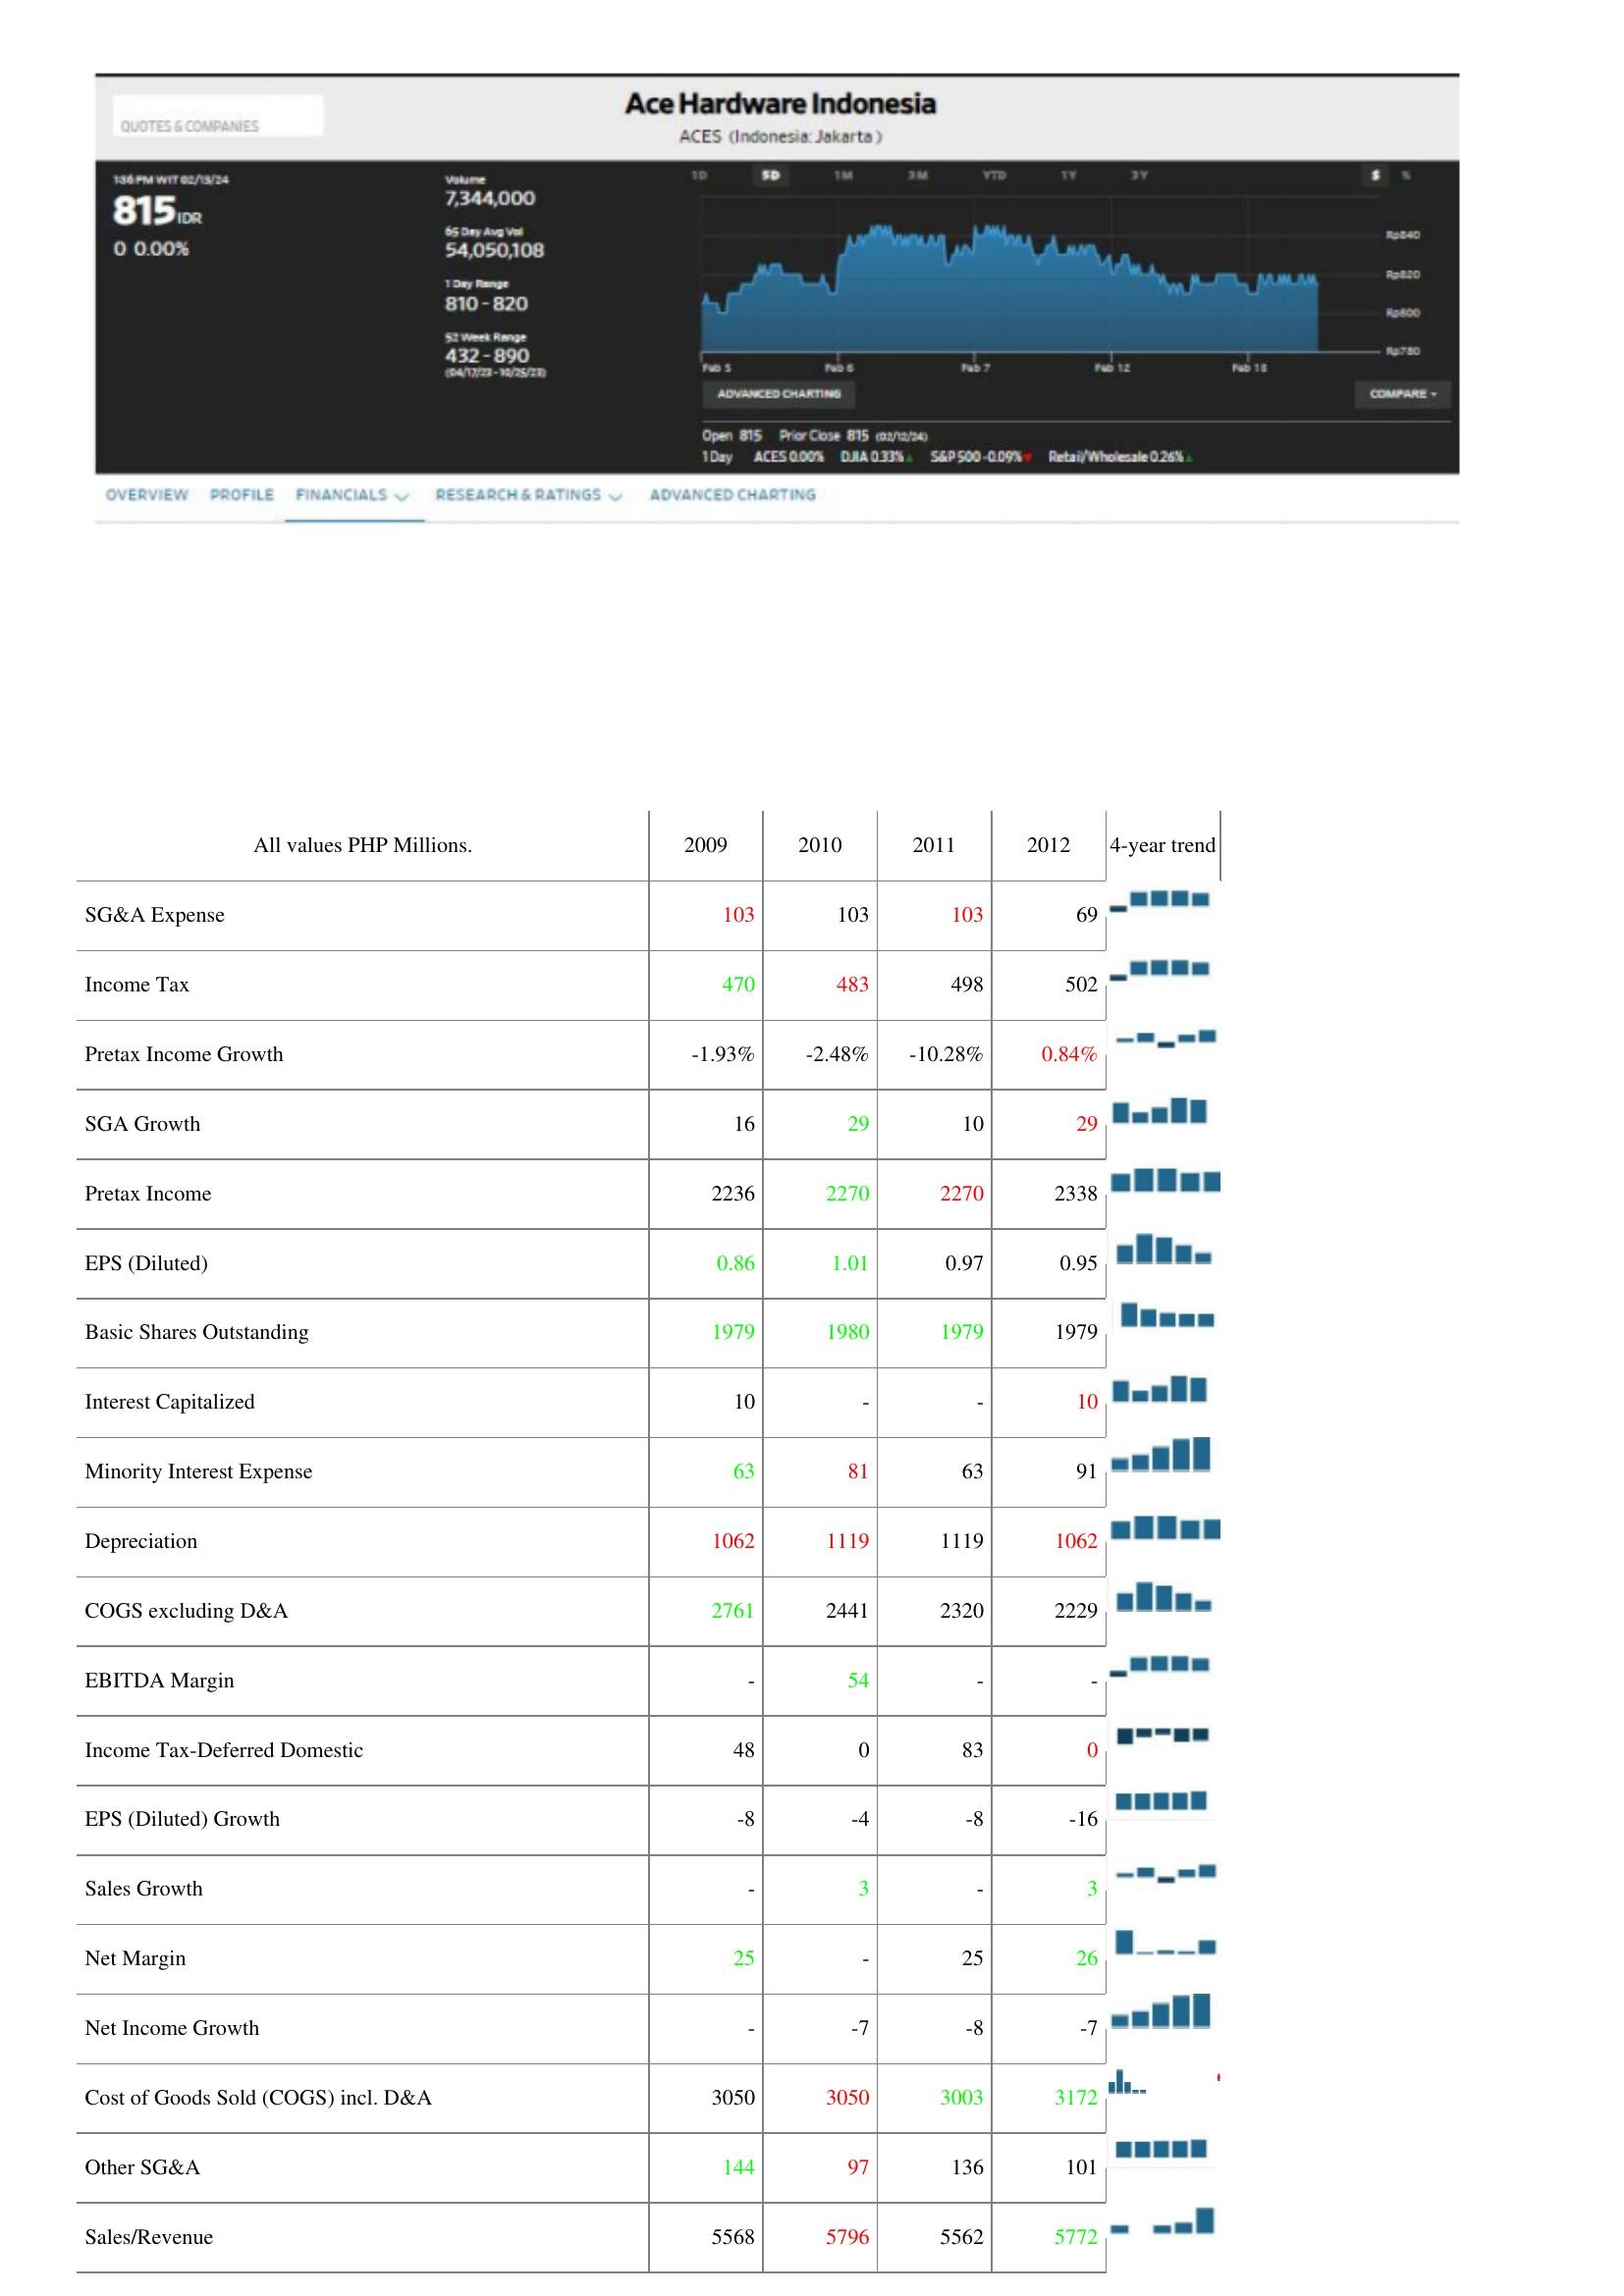
2009: : SG&A Expense: 103
Income Tax: 470
Pretax Income Growth: -1.93%
SGA Growth: 16
Pretax Income: 2236
EPS (Diluted): 0.86
Basic Shares Outstanding: 1979
Interest Capitalized: 10
Minority Interest Expense: 63
Depreciation: 1062
COGS excluding D&A: 2761
EBITDA Margin: -
Income Tax-Deferred Domestic: 48
EPS (Diluted) Growth: -8
Sales Growth: -
Net Margin: 25
Net Income Growth: -
Cost of Goods Sold (COGS) incl. D&A: 3050
Other SG&A: 144
Sales/Revenue: 5568
2010: : SG&A Expense: 103
Income Tax: 483
Pretax Income Growth: -2.48%
SGA Growth: 29
Pretax Income: 2270
EPS (Diluted): 1.01
Basic Shares Outstanding: 1980
Interest Capitalized: -
Minority Interest Expense: 81
Depreciation: 1119
COGS excluding D&A: 2441
EBITDA Margin: 54
Income Tax-Deferred Domestic: 0
EPS (Diluted) Growth: -4
Sales Growth: 3
Net Margin: -
Net Income Growth: -7
Cost of Goods Sold (COGS) incl. D&A: 3050
Other SG&A: 97
Sales/Revenue: 5796
2011: : SG&A Expense: 103
Income Tax: 498
Pretax Income Growth: -10.28%
SGA Growth: 10
Pretax Income: 2270
EPS (Diluted): 0.97
Basic Shares Outstanding: 1979
Interest Capitalized: -
Minority Interest Expense: 63
Depreciation: 1119
COGS excluding D&A: 2320
EBITDA Margin: -
Income Tax-Deferred Domestic: 83
EPS (Diluted) Growth: -8
Sales Growth: -
Net Margin: 25
Net Income Growth: -8
Cost of Goods Sold (COGS) incl. D&A: 3003
Other SG&A: 136
Sales/Revenue: 5562
2012: : SG&A Expense: 69
Income Tax: 502
Pretax Income Growth: 0.84%
SGA Growth: 29
Pretax Income: 2338
EPS (Diluted): 0.95
Basic Shares Outstanding: 1979
Interest Capitalized: 10
Minority Interest Expense: 91
Depreciation: 1062
COGS excluding D&A: 2229
EBITDA Margin: -
Income Tax-Deferred Domestic: 0
EPS (Diluted) Growth: -16
Sales Growth: 3
Net Margin: 26
Net Income Growth: -7
Cost of Goods Sold (COGS) incl. D&A: 3172
Other SG&A: 101
Sales/Revenue: 5772